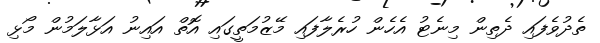
ތެދުވެފައި ދެތިން މިނެޓު އެހެން ހުރެލާފައި މޭޒުމަތީގައި އޮތް އައިނު އަޅާލަމުން މޯޅި